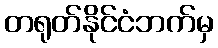
တရုတ်နိုင်ငံဘက်မှ